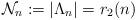
LaTeX: \begin{align*}\mathcal N_n := |\Lambda_n|=r_{2}(n)\end{align*}